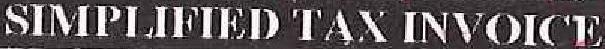
SIMPLIFIED TAX INVOICE